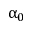
\upalpha _ { 0 }